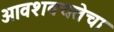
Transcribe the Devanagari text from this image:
आवशक्यतेचा